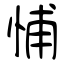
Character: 悑